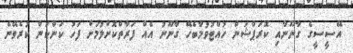
އޭސީސީގެ ގާނޫނާއި ކޮރަޕްޝަން ހުއްޓުވުމާބެހޭ ގާނޫނު އެއް ފަރާތްކޮށްލުމަށް ފަހު ކަންކަން ކުރެވޭނެ